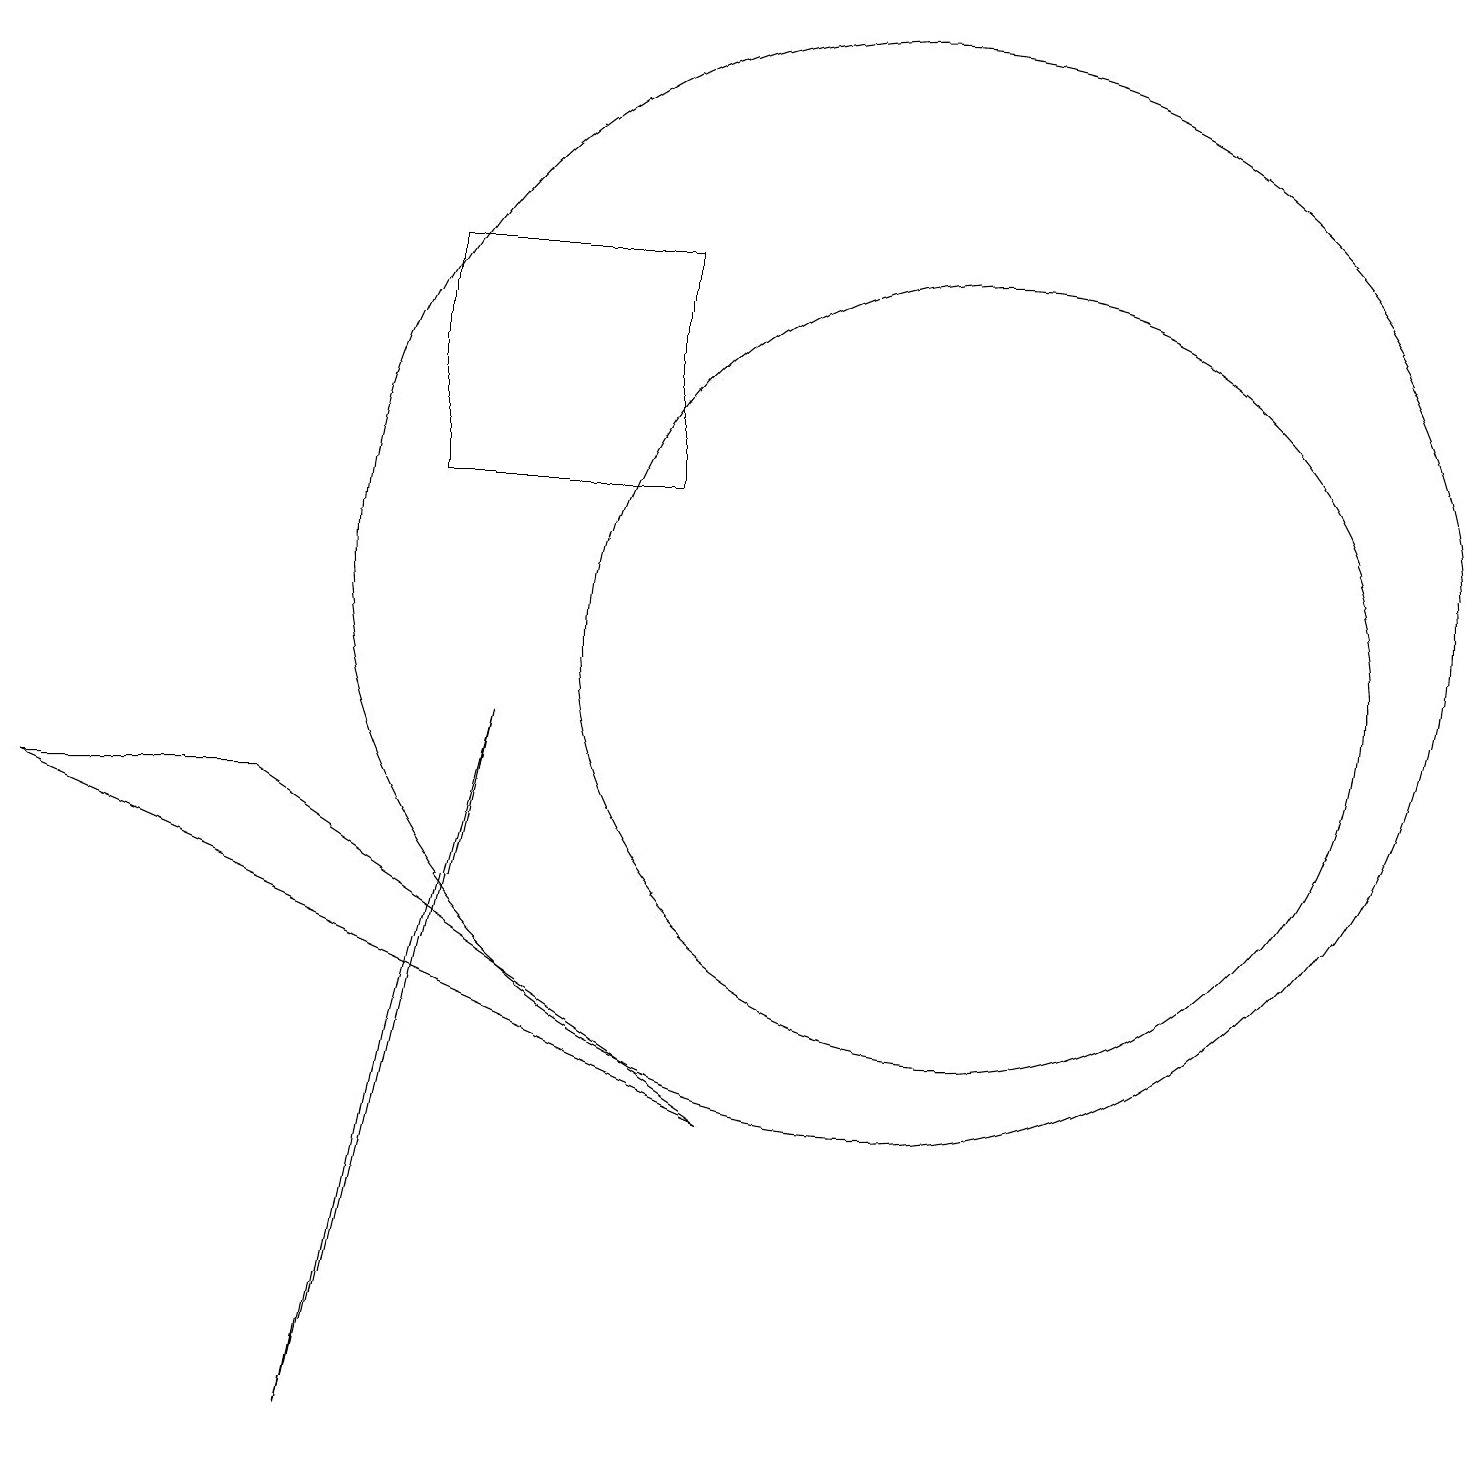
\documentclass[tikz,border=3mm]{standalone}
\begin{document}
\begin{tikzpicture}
\draw (12,10) circle (5);
\draw (3,8) -- (0,8) -- (9,4) -- cycle;
\draw (5,12) rectangle (8,15);
\draw (5,5) -- (4,0) -- (6,9) -- cycle;
\draw (11,11) circle (7);
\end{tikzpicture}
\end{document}